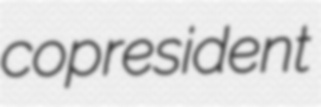
copresident